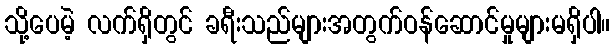
သို့ပေမဲ့ လက်ရှိတွင် ခရီးသည်များအတွက်ဝန်ဆောင်မှုများမရှိပါ။